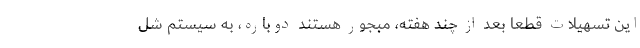
این تسهیلات قطعا بعد از چند هفته، مبجور هستند دوباره، به سیستم شُل